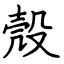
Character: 殼